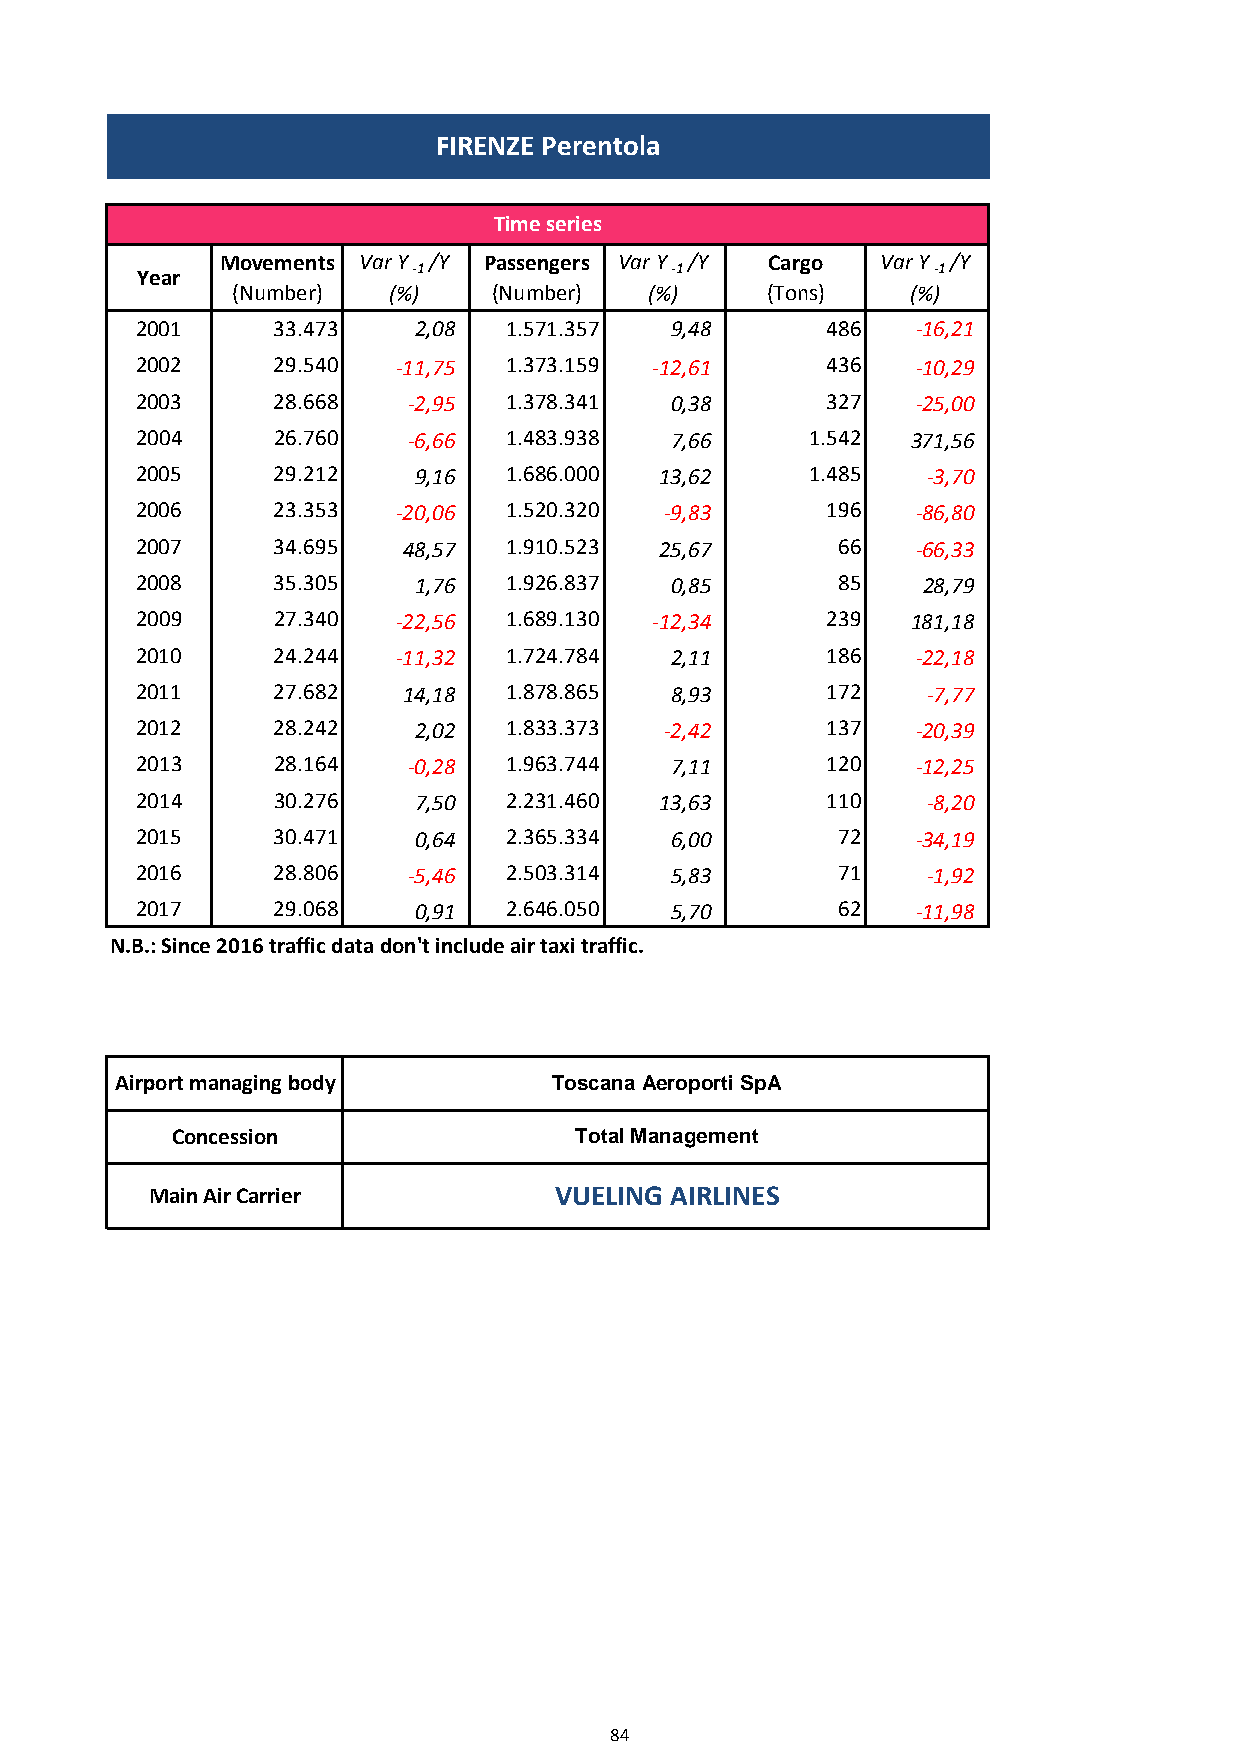
FIRENZE Perentola
 Time series
 Movements Var Y /Y Passengers Var Y /Y Cargo Var Y /Y
 Year              -1               -1                -1
 (Number)   (%)    (Number)  (%)     (Tons)   (%)
 2001     33.473   2,08   1.571.357 9,48       486   -16,21
 2002     29.540  -11,75  1.373.159 -12,61     436   -10,29
 2003     28.668   -2,95  1.378.341 0,38       327   -25,00
 2004     26.760   -6,66  1.483.938 7,66      1.542 371,56
 2005     29.212   9,16   1.686.000 13,62     1.485  -3,70
 2006     23.353  -20,06  1.520.320 -9,83      196   -86,80
 2007     34.695   48,57  1.910.523 25,67      66    -66,33
 2008     35.305   1,76   1.926.837 0,85       85    28,79
 2009     27.340  -22,56  1.689.130 -12,34     239  181,18
 2010     24.244  -11,32  1.724.784 2,11       186   -22,18
 2011     27.682   14,18  1.878.865 8,93       172   -7,77
 2012     28.242   2,02   1.833.373 -2,42      137   -20,39
 2013     28.164   -0,28  1.963.744 7,11       120   -12,25
 2014     30.276   7,50   2.231.460 13,63      110   -8,20
 2015     30.471   0,64   2.365.334 6,00       72    -34,19
 2016     28.806   -5,46  2.503.314 5,83       71    -1,92
 2017     29.068   0,91   2.646.050 5,70       62    -11,98
 N.B.: Since 2016 traffic data don't include air taxi traffic.
 Airport managing body        Toscana Aeroporti SpA
 Concession                 Total Management
 Main Air Carrier           VUELING AIRLINES
 84